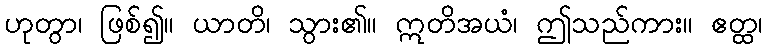
ဟုတွာ၊ ဖြစ်၍။ ယာတိ၊ သွား၏။ ဣတိအယံ၊ ဤသည်ကား။ ဧတ္ထ၊